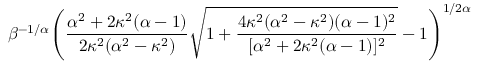
\beta ^ { - 1 / \alpha } { \Bigg ( } { \frac { \alpha ^ { 2 } + 2 \kappa ^ { 2 } ( \alpha - 1 ) } { 2 \kappa ^ { 2 } ( \alpha ^ { 2 } - \kappa ^ { 2 } ) } } { \sqrt { 1 + { \frac { 4 \kappa ^ { 2 } ( \alpha ^ { 2 } - \kappa ^ { 2 } ) ( \alpha - 1 ) ^ { 2 } } { [ \alpha ^ { 2 } + 2 \kappa ^ { 2 } ( \alpha - 1 ) ] ^ { 2 } } } } } - 1 { \Bigg ) } ^ { 1 / 2 \alpha }